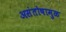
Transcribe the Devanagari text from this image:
असंतोषामुळ